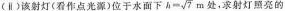
(Ⅱ)该射灯（看作点光源）位于水面下$$h=\sqrt{7}m$$处，求射灯照亮的